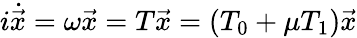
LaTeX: i\dot{\vec{x}}=\omega\vec{x}=T\vec{x}=(T_{0}+\mu T_{1})\vec{x}